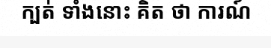
ក្បត់ ទាំងនោះ គិត ថា ការណ៍